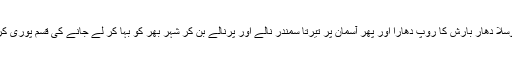
رم جھم پھوار نے موسلا دھار بارش کا روپ دھارا اور پھر آسمان پر تیرتا سمندر نالے اور پرنالے بن کر شہر بھر کو بہا کر لے جانے کی قسم پوری کرنے لگا، یا اللہ خیر۔